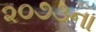
૨૦૭૩ના